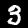
Digit: 3